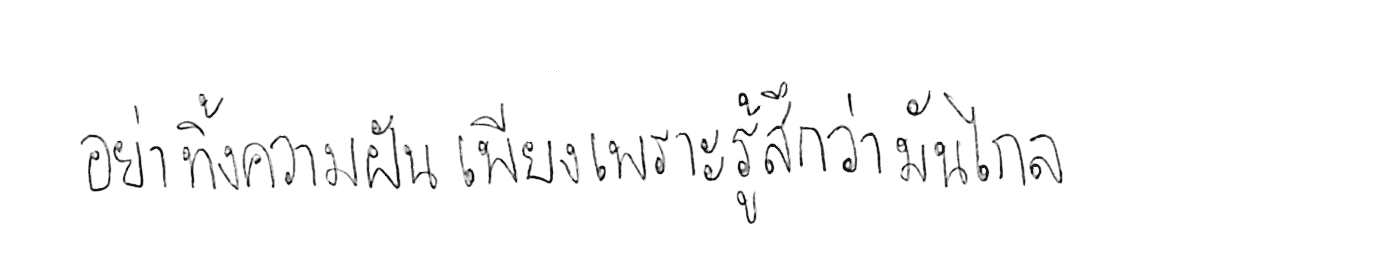
อย่าทิ้งความฝัน เพียงเพราะรู้สึกว่ามันไกล